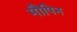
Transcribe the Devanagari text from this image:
मौपिन